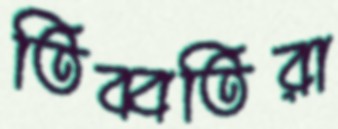
তিব্বতিরা